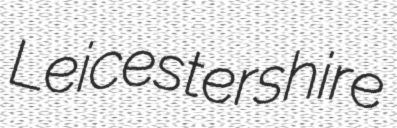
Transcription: Leicestershire